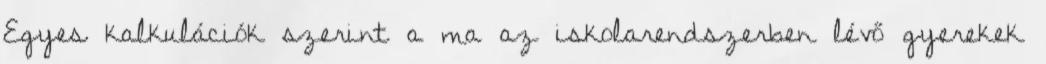
Egyes kalkulációk szerint a ma az iskolarendszerben lévő gyerekek